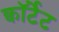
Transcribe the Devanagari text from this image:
क्वॉर्टेट